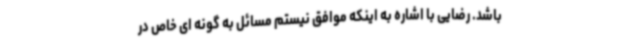
باشد. رضایی با اشاره به اینکه موافق نیستم مسائل به گونه ای خاص در